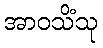
အာဝသိံသု